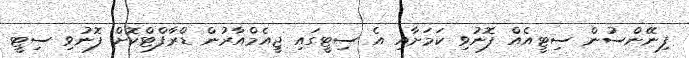
ފިނޭންސުން ސިޓީއެއް ފޮނުވި ކަމަށާއި އެ ސިޓީގައި ޖީއެމްއާރުން ޑްރާފްޓްކޮށް ފޮނުވި ސިޓީ